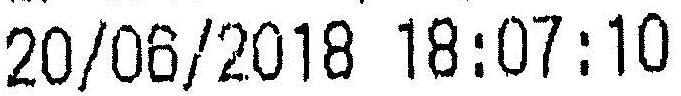
: 20/06/2018 18:07:10